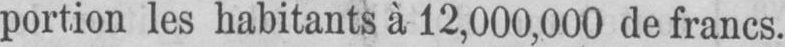
portion les habitants à 12,000,000 de francs.